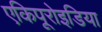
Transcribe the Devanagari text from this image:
एकिपूरोइडिया